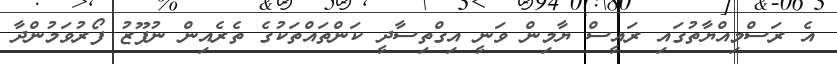
އެ ރަސްމިއްޔާތުގައި ރައީސް ޔާމިން ވަނީ އިގްތިސާދީ ކަންތަައްތަކުގެ ތެރެއިން ނުފޫޒު ފޯރުވަމުންދާ